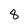
Character: 8